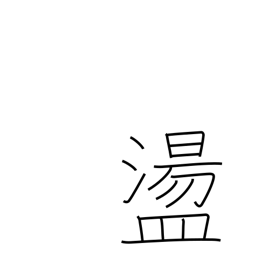
Meaning: captivated